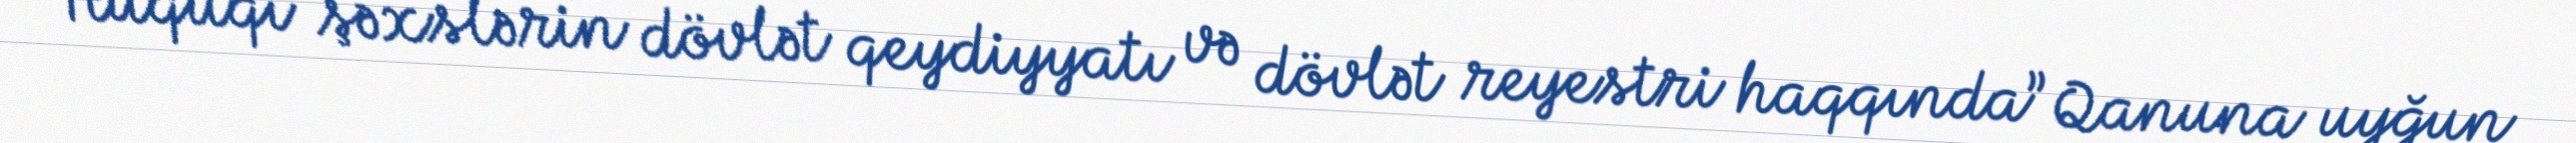
“Hüquqi şəxslərin dövlət qeydiyyatı və dövlət reyestri haqqında” Qanuna uyğun